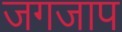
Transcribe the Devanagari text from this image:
जगजाप